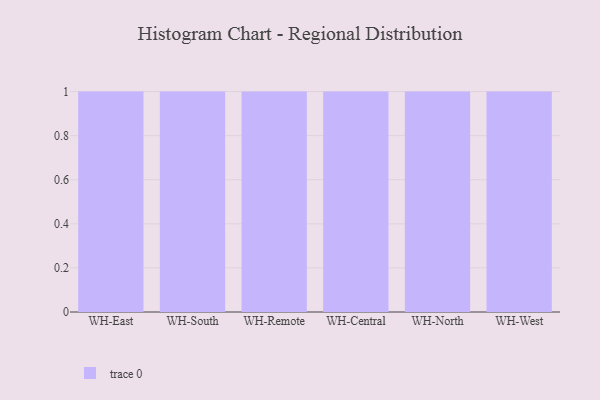
{"axis": {"x": "Warehouse", "y": "Gross Profit (USD K)"}, "legend": [""], "data": [{"x": "WH-East", "y": 41, "type": ""}, {"x": "WH-South", "y": 11, "type": ""}, {"x": "WH-Remote", "y": 79, "type": ""}, {"x": "WH-Central", "y": 73, "type": ""}, {"x": "WH-North", "y": 84, "type": ""}, {"x": "WH-West", "y": 92, "type": ""}]}